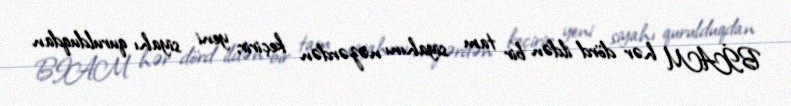
BİAM hər dörd ildən bir tam siyahını nəzərdən keçirir; yeni siyahı qurulduqdan